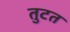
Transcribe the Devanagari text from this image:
तुटत